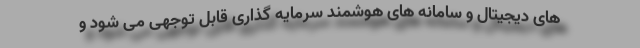
های دیجیتال و سامانه های هوشمند سرمایه گذاری قابل توجهی می شود و